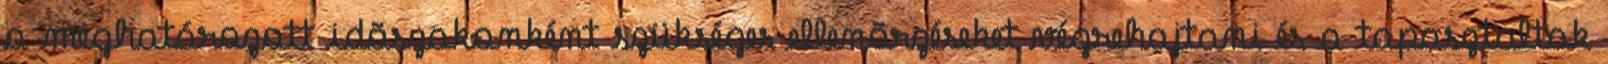
a meghatározott idõszakonként szükséges ellenõrzéseket végrehajtani és a tapasztaltak